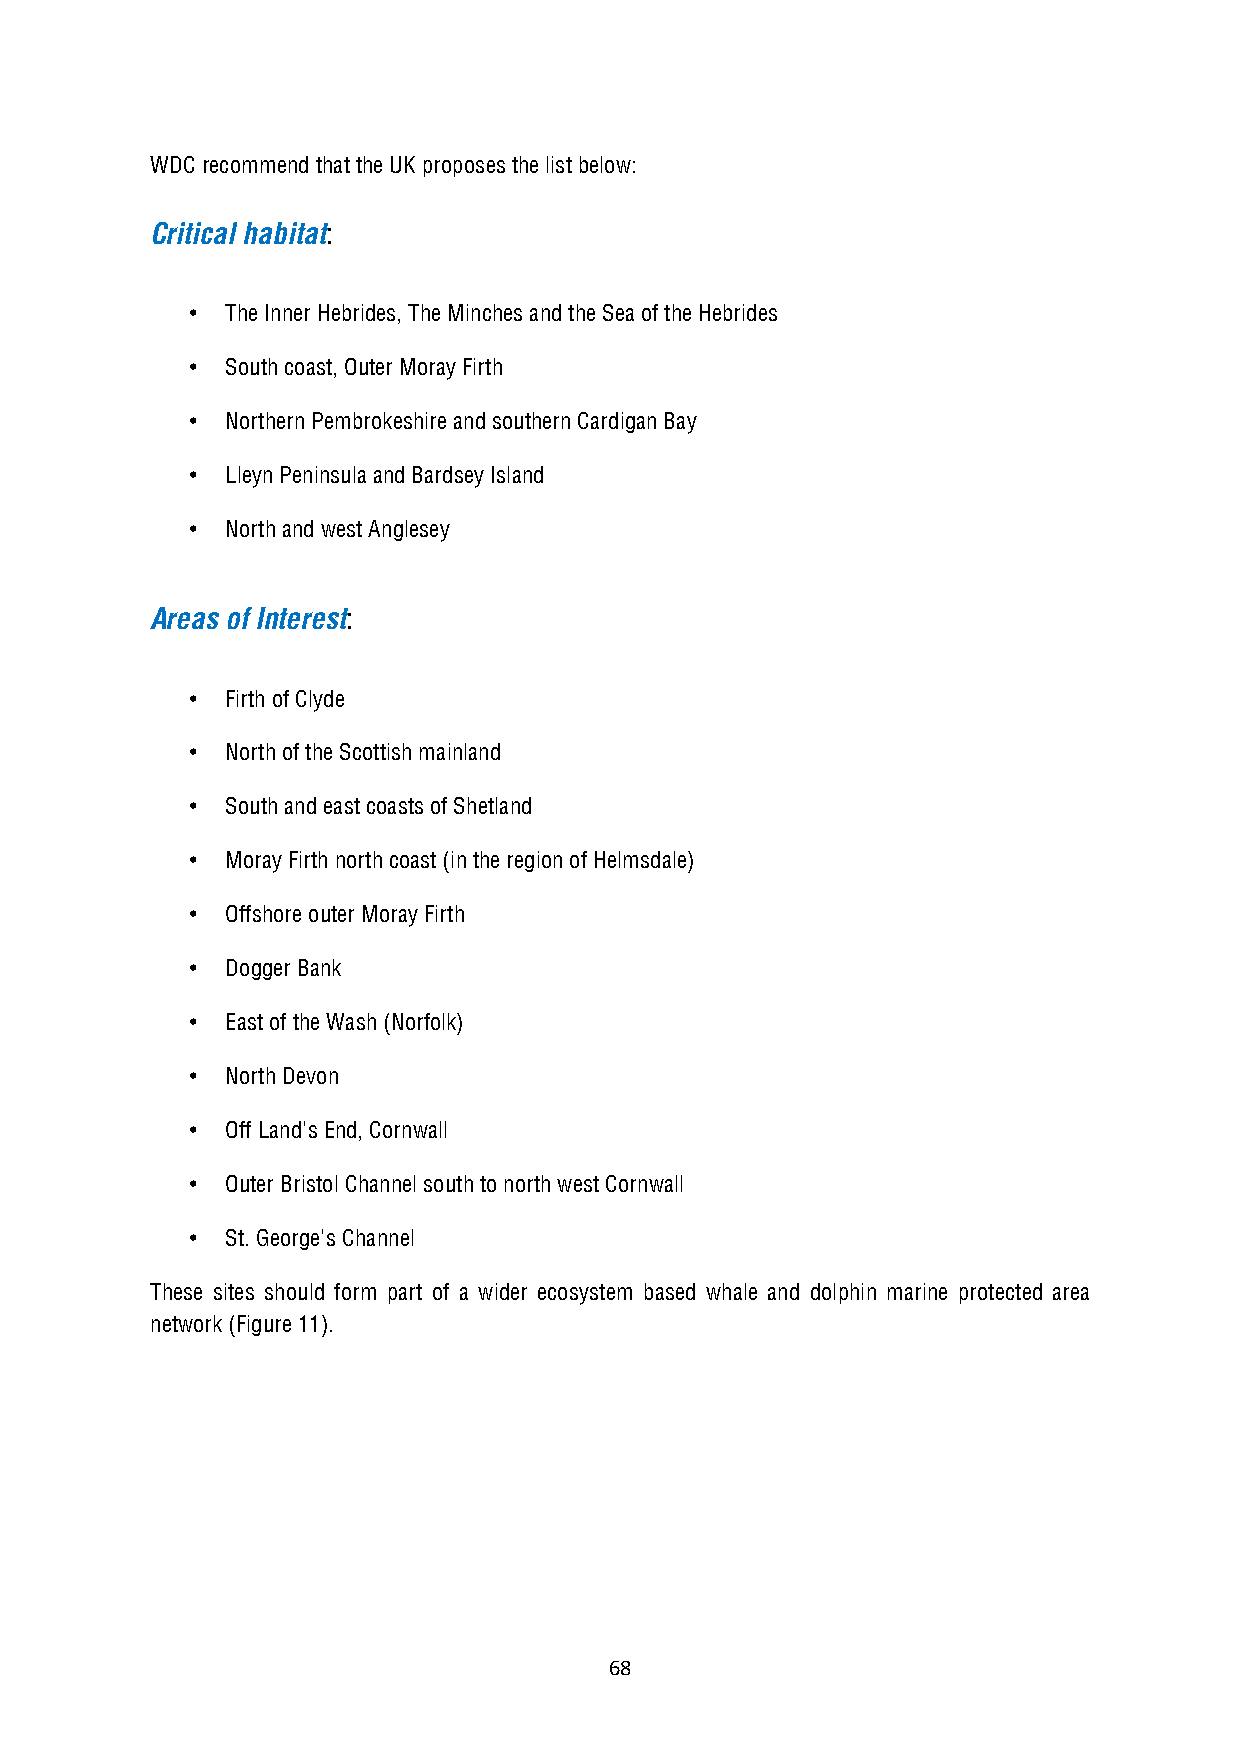
WDC recommend that the UK proposes the list below:
 Critical habitat:
 •  The Inner Hebrides, The Minches and the Sea of the Hebrides
 •  South coast, Outer Moray Firth
 •  Northern Pembrokeshire and southern Cardigan Bay
 •  Lleyn Peninsula and Bardsey Island
 •  North and west Anglesey
 Areas of Interest:
 •  Firth of Clyde
 •  North of the Scottish mainland
 •  South and east coasts of Shetland
 •  Moray Firth north coast (in the region of Helmsdale)
 •  Offshore outer Moray Firth
 •  Dogger Bank
 •  East of the Wash (Norfolk)
 •  North Devon
 •  Off Land's End, Cornwall
 •  Outer Bristol Channel south to north west Cornwall
 •  St. George's Channel
 These sites should form part of a wider ecosystem based whale and dolphin marine protected area
 network (Figure 11).
 68